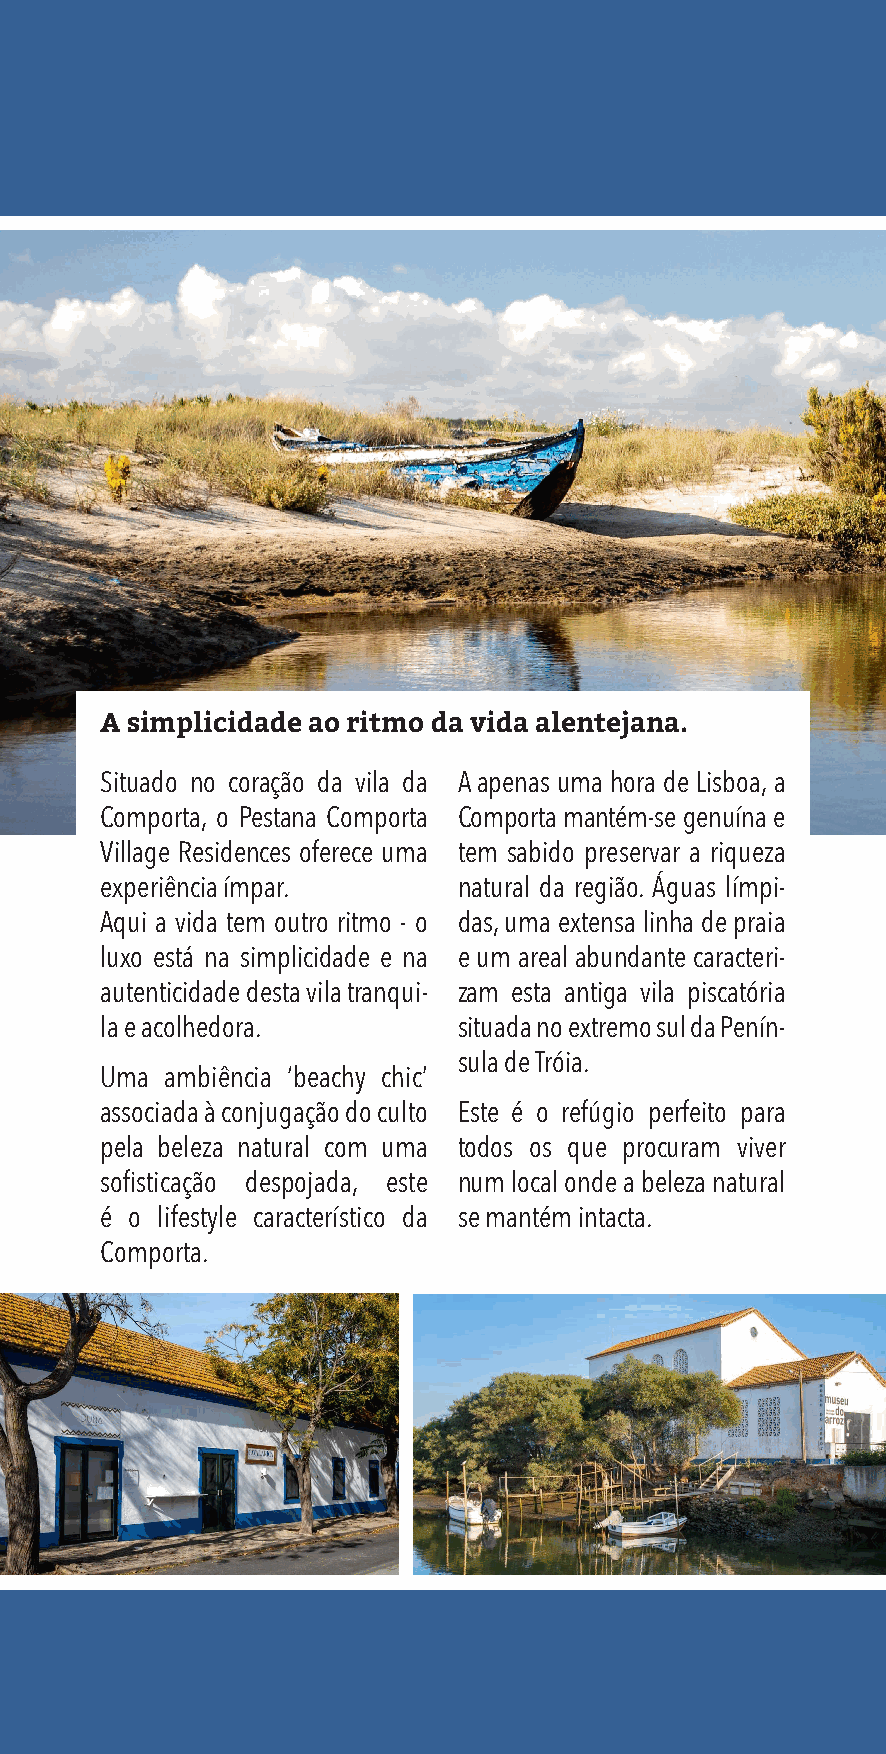
A simplicidade ao ritmo da vida alentejana.
 Situado no coração da vila da A apenas uma hora de Lisboa, a
 Comporta, o Pestana Comporta Comporta mantém-se genuína e
 Village Residences oferece uma tem sabido preservar a riqueza
 experiência ímpar.     natural da região. Águas límpi-
 Aqui a vida tem outro ritmo - o das, uma extensa linha de praia
 luxo está na simplicidade e na e um areal abundante caracteri-
 autenticidade desta vila tranqui- zam esta antiga vila piscatória
 la e acolhedora.       situada no extremo sul da Penín-
 sula de Tróia.
 Uma ambiência ‘beachy chic’
 associada à conjugação do culto Este é o refúgio perfeito para
 pela beleza natural com uma todos os que procuram viver
 sofisticação despojada, este num local onde a beleza natural
 é o lifestyle característico da se mantém intacta.
 Comporta.